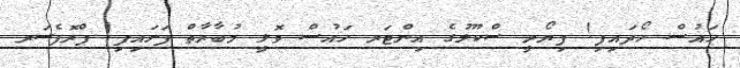
ހައުސް ހޯދައިފި! ފިޔޯރީ ސްކޫލުގެ އިންޓަރ ހައުސް ވޮލީ މުބާރާތް ފަށައިފި! ޕްރޮފެސަރ